Scottish Leaving Certificate Examination, 1952
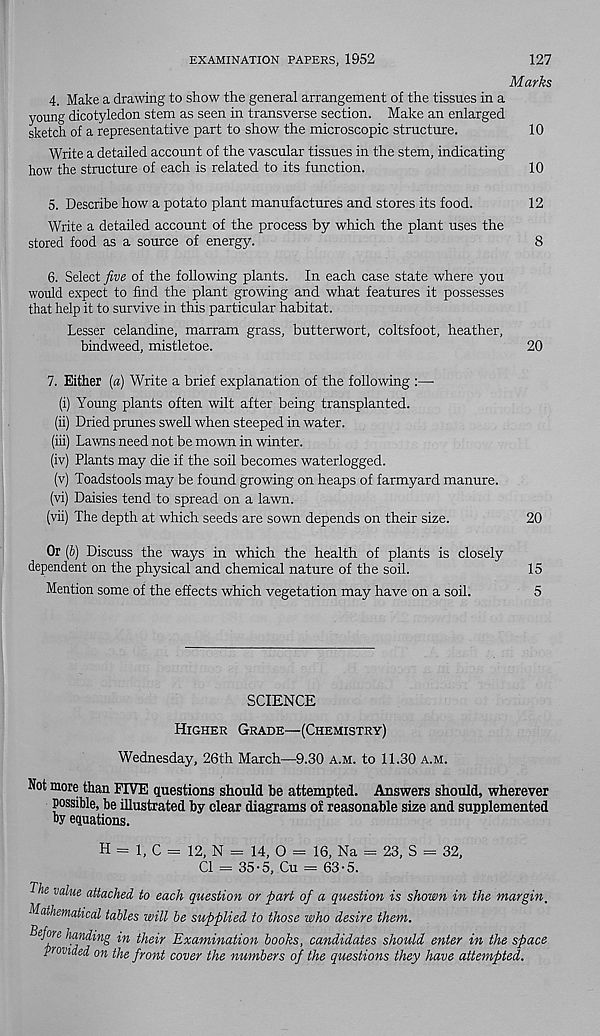
EXAMINATION PAPERS, 1952
127
Marks
4. Make a drawing to show the general arrangement of the tissues in a
young dicotyledon stem as seen in transverse section. Make an enlarged
sketch of a representative part to show the microscopic structure.
10
Write a detailed account of the vascular tissues in the stem, indicating
how the structure of each is related to its function.
10
5. Describe how a potato plant manufactures and stores its food.
12
Write a detailed account of the process by which the plant uses the
stored food as a source of energy.
8
6. Select five of the following plants. In each case state where you
would expect to find the plant growing and what features it possesses
that help it to survive in this particular habitat.
Lesser celandine, marram grass, butterwort, coltsfoot, heather,
bindweed, mistletoe.
20
7. Either [a) Write a brief explanation of the following :—•
(i) Young plants often wilt after being transplanted.
(ii) Dried prunes swell when steeped in water.
(iii) Lawns need not be mown in winter.
(iv) Plants may die if the soil becomes waterlogged.
(v) Toadstools may be found growing on heaps of farmyard manure.
(vi) Daisies tend to spread on a lawn.
(vii) The depth at which seeds are sown depends on their size.
20
Or [b) Discuss the ways in which the health of plants is closely
dependent on the physical and chemical nature of the soil.
15
Mention some of the effects which vegetation may have on a soil.
5
SCIENCE
Higher Grade—(Chemistry)
Wednesday, 26th March—9.30 A.M. to 11.30 a.m.
Not more than FIVE questions should be attempted. Answers should, wherever
possible, be illustrated by clear diagrams of reasonable size and supplemented
by equations.
H = 1, C = 12, N = 14, O = 16, Na = 23, S = 32,
Cl = 35-5, Cu = 63-5.
TZi 7
e val,ue attached to each question or fiart of a question is shown in the margin,
Mathematical tables will be supplied to those who desire them.
Befme handing in their Examination books, candidates should enter in the space
provided on the front cover the numbers of the questions they have attempted.